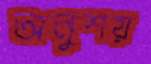
অনুশয়